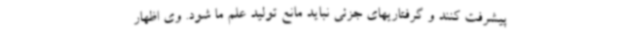
پیشرفت کنند و گرفتاریهای جزئی نباید مانع تولید علم ما شود. وی اظهار